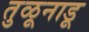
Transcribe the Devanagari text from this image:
तुळूनाडू